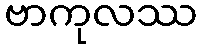
ဗာကုလဿ